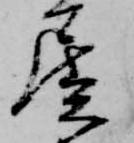
屋